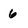
Character: 6